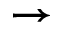
\rightarrow